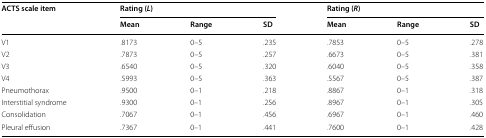
<table><thead><tr><td rowspan="2"><b>ACTS scale item</b></td><td colspan="3"><b>Rating (<i>L</i>)</b></td><td colspan="3"><b>Rating (<i>R</i>)</b></td></tr><tr><td><b>Mean</b></td><td><b>Range</b></td><td><b>SD</b></td><td><b>Mean</b></td><td><b>Range</b></td><td><b>SD</b></td></tr></thead><tbody><tr><td>V1</td><td>.8173</td><td>0–5</td><td>.235</td><td>.7853</td><td>0–5</td><td>.278</td></tr><tr><td>V2</td><td>.7873</td><td>0–5</td><td>.257</td><td>.6673</td><td>0–5</td><td>.381</td></tr><tr><td>V3</td><td>.6540</td><td>0–5</td><td>.320</td><td>.6040</td><td>0–5</td><td>.358</td></tr><tr><td>V4</td><td>.5993</td><td>0–5</td><td>.363</td><td>.5567</td><td>0–5</td><td>.387</td></tr><tr><td>Pneumothorax</td><td>.9500</td><td>0–1</td><td>.218</td><td>.8867</td><td>0–1</td><td>.318</td></tr><tr><td>Interstitial syndrome</td><td>.9300</td><td>0–1</td><td>.256</td><td>.8967</td><td>0–1</td><td>.305</td></tr><tr><td>Consolidation</td><td>.7067</td><td>0–1</td><td>.456</td><td>.6967</td><td>0–1</td><td>.460</td></tr><tr><td>Pleural effusion</td><td>.7367</td><td>0–1</td><td>.441</td><td>.7600</td><td>0–1</td><td>.428</td></tr></tbody></table>